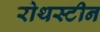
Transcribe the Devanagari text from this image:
रोथस्टीन